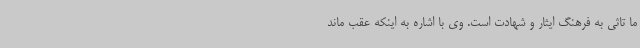
ما تاثی به فرهنگ ایثار و شهادت است. وی با اشاره به اینکه عقب ماند